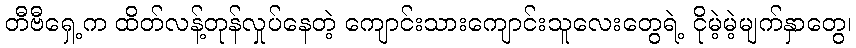
တီဗီရှေ့က ထိတ်လန့်တုန်လှုပ်နေတဲ့ ကျောင်းသားကျောင်းသူလေးတွေရဲ့ ငိုမဲ့မဲ့မျက်နှာတွေ၊